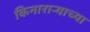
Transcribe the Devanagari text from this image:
किनाराऱ्याच्या